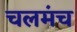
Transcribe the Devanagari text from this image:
चलमंच